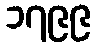
၁၇၉၉